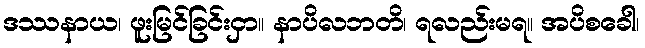
ဒဿနာယ၊ ဖူးမြင်ခြင်းငှာ။ နာပိလဘတိ၊ ရလည်းမရ။ အပိစခေါ၊